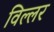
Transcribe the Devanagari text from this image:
विल्लर